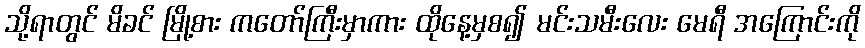
သို့ရာတွင် မိခင် မြို့စား ကတော်ကြီးမှာကား ထိုနေ့မှစ၍ မင်းသမီးလေး မေရီ အကြောင်းကို